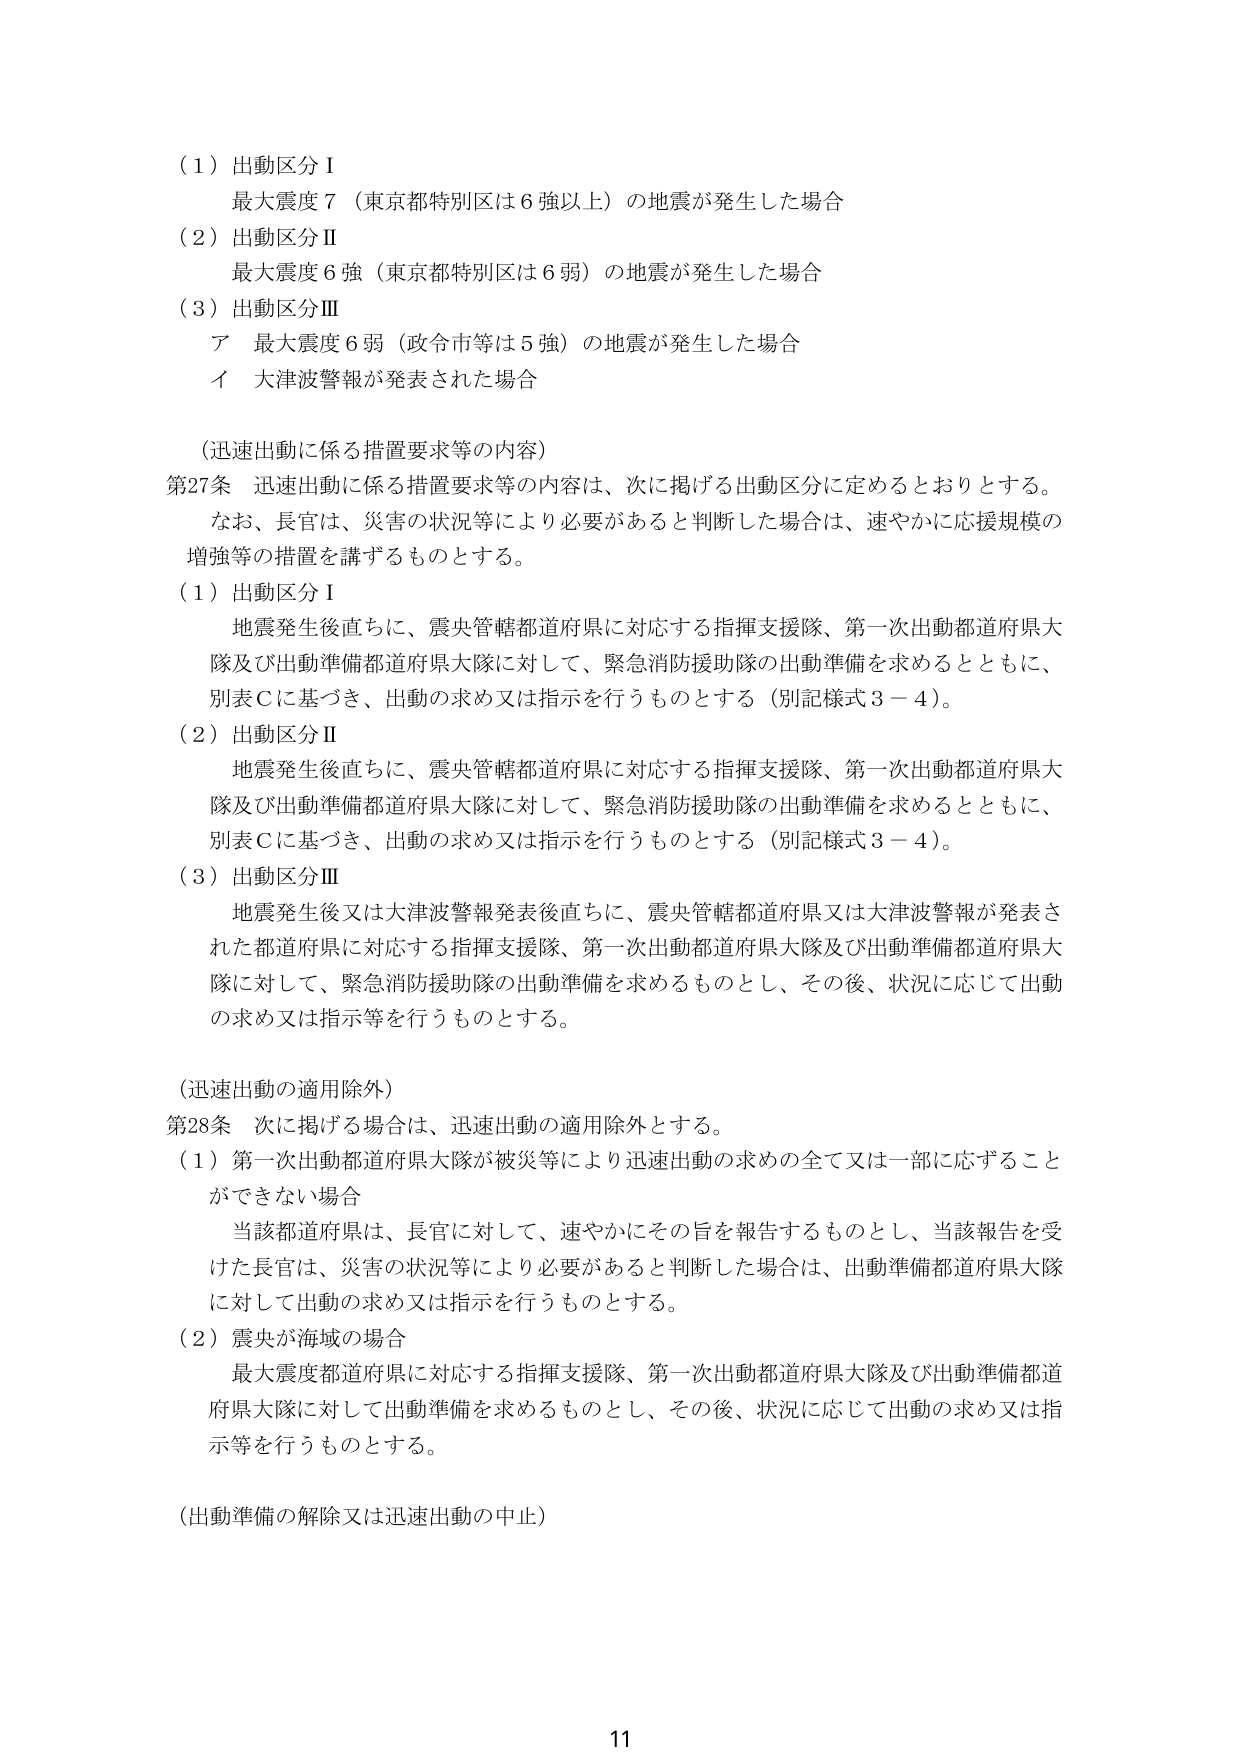
（１）出動区分Ⅰ
最大震度７（東京都特別区は６強以上）の地震が発生した場合

（２）出動区分Ⅱ
最大震度６強（東京都特別区は６弱）の地震が発生した場合

（３）出動区分Ⅲ
ア 最大震度６弱（政令市等は５強）の地震が発生した場合
イ 大津波警報が発表された場合

（迅速出動に係る措置要求等の内容）
第27条 迅速出動に係る措置要求等の内容は、次に掲げる出動区分に定めるとおりとする。
　なお、長官は、災害の状況等により必要があると判断した場合は、速やかに応援規模の
増強等の措置を講ずるものとする。

（１）出動区分Ⅰ
　地震発生後直ちに、震央管轄都道府県に対応する指揮支援隊、第一次出動都道府県大
隊及び出動準備都道府県大隊に対して、緊急消防援助隊の出動準備を求めるとともに、
別表Ｃに基づき、出動の求め又は指示を行うものとする（別記様式３－４）。

（２）出動区分Ⅱ
　地震発生後直ちに、震央管轄都道府県に対応する指揮支援隊、第一次出動都道府県大
隊及び出動準備都道府県大隊に対して、緊急消防援助隊の出動準備を求めるとともに、
別表Ｃに基づき、出動の求め又は指示を行うものとする（別記様式３－４）。

（３）出動区分Ⅲ
　地震発生後又は大津波警報発表後直ちに、震央管轄都道府県又は大津波警報が発表さ
れた都道府県に対応する指揮支援隊、第一次出動都道府県大隊及び出動準備都道府県大
隊に対して、緊急消防援助隊の出動準備を求めるものとし、その後、状況に応じて出動
の求め又は指示等を行うものとする。

（迅速出動の適用除外）
第28条 次に掲げる場合は、迅速出動の適用除外とする。
（１）第一次出動都道府県大隊が被災等により迅速出動の求めの全て又は一部に応ずること
　ができない場合
　　当該都道府県は、長官に対して、速やかにその旨を報告するものとし、当該報告を受
　　けた長官は、災害の状況等により必要があると判断した場合は、出動準備都道府県大隊
　　に対して出動の求め又は指示を行うものとする。
（２）震央が海域の場合
　　最大震度都道府県に対応する指揮支援隊、第一次出動都道府県大隊及び出動準備都道
　　府県大隊に対して出動準備を求めるものとし、その後、状況に応じて出動の求め又は指
　　示等を行うものとする。

（出動準備の解除又は迅速出動の中止）

11